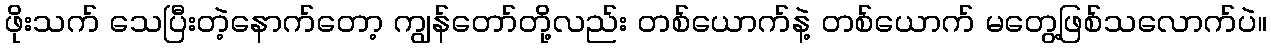
ဖိုးသက် သေပြီးတဲ့နောက်တော့ ကျွန်တော်တို့လည်း တစ်ယောက်နဲ့ တစ်ယောက် မတွေ့ဖြစ်သလောက်ပဲ။